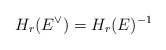
\begin{align*}H_r(E^{\vee})=H_r(E)^{-1}\end{align*}